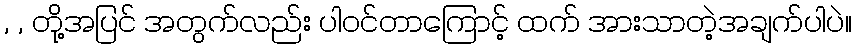
, , တို့အပြင် အတွက်လည်း ပါ၀င်တာကြောင့် ထက် အားသာတဲ့အချက်ပါပဲ။